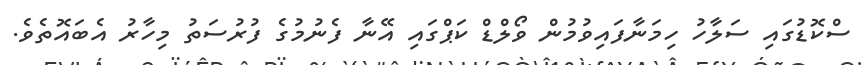
ސްކޮޑުގައި ސަލާހު ހިމަނާފައިވުމުން ވޯލްޑް ކަޕްގައި އޭނާ ފެނުމުގެ ފުރުސަތު މިހާރު އެބައޮތެވެ.